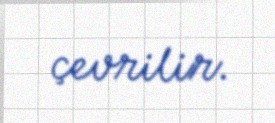
çevrilir.